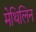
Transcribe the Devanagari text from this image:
मेथिलिन